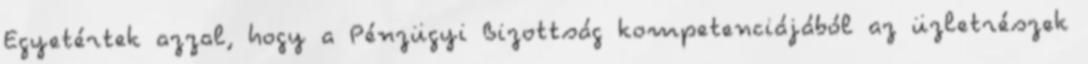
Egyetértek azzal, hogy a Pénzügyi Bizottság kompetenciájából az üzletrészek